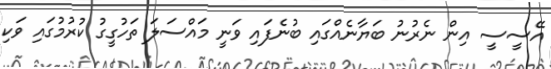
އޭސީސީ އިން ނެރުނު ބަޔާނެއްގައި ބުނެފައި ވަނީ މައްސަލަ ތަހުގީގު ކުރުމުގައި ވަކި